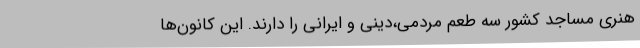
هنری مساجد کشور سه طعم مردمی،دینی و ایرانی را دارند. این کانون‌ها